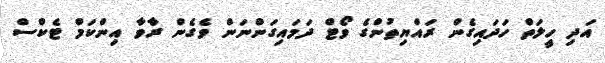
އަދި ހީލަތް ހަދައިގެން ރައްޔިތުންގެ ވޯޓް ދަމައިގަންނަން ވެގެން ރާވާ އިންކަމް ޓެކްސް